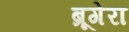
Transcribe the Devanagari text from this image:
ब्रूगेरा